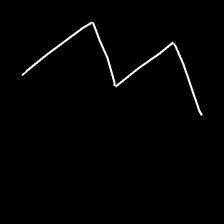
Glyph: crush